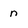
Character: n